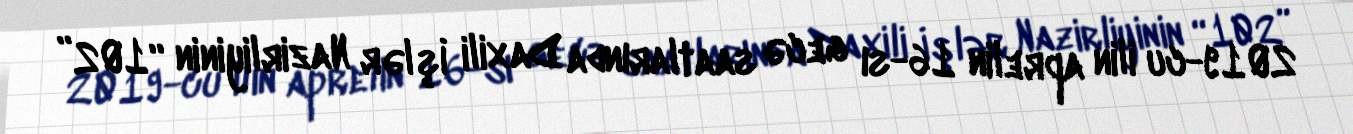
2019-cu ilin aprelin 16-sı gecə saatlarında Daxili İşlər Nazirliyinin “102”